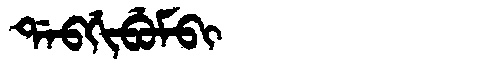
Manchu: ᡩᠠᠪᡤᡳᠪᡠᠮᠪᡳ
Romanization: DABGIBUMBI